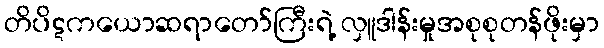
တိပိဋကယောဆရာတော်ကြီးရဲ့ လှူဒါန်းမှုအစုစုတန်ဖိုးမှာ